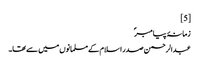
[5]
زمانۂ پیامبرؐ
عبدالرحمن صدر اسلام کے مسلمانوں میں سے تھا۔